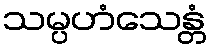
သမ္ပဟံသေန္တံ